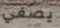
يصغي